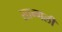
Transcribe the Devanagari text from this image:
सान्गली